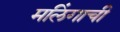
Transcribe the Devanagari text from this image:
मलिंगाची